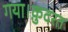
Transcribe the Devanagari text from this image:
गया।क़ुदरत